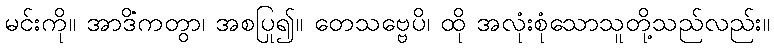
မင်းကို။ အာဒိံကတွာ၊ အစပြု၍။ တေသဗ္ဗေပိ၊ ထို အလုံးစုံသောသူတို့သည်လည်း။